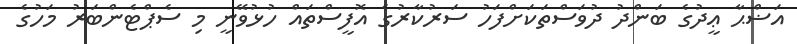
އަޟްޙާ ޢީދުގެ ބަންދު ދުވަސްތަކަށްފަހު ސަރުކާރުގެ އޮފީސްތައް ހުޅުވޭނީ މި ސެޕްޓެންބަރު މަހުގެ